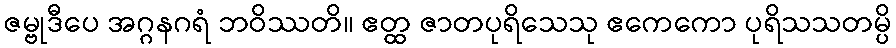
ဇမ္ဗုဒီပေ အဂ္ဂနဂရံ ဘဝိဿတိ။ ဧတ္ထ ဇာတပုရိသေသု ဧကေကော ပုရိသသတမ္ပိ